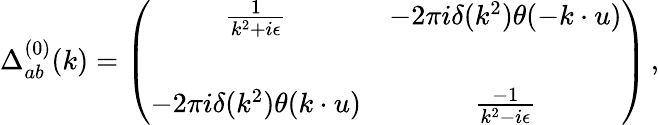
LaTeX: \Delta_{ab}^{(0)}(k)=\left(\begin{array}{cc}{{\frac{1}{k^{2}+i\epsilon}}}&{{-2\pi i\delta(k^{2})\theta(-k\cdot u)}}\\ {{}}&{{}}\\ {{-2\pi i\delta(k^{2})\theta(k\cdot u)}}&{{\frac{-1}{k^{2}-i\epsilon}}}\end{array}\right)\, ,